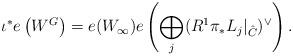
LaTeX: \begin{align*}\iota^*e\left(W^G\right)=e(W_\infty)e\left( \bigoplus_j (R^1\pi_*L_j |_{\hat C})^\vee\right).\end{align*}